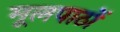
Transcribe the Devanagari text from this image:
मूलपाठों